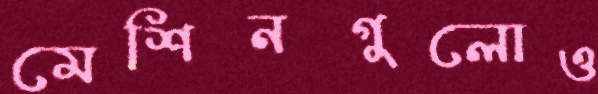
মেশিনগুলোও